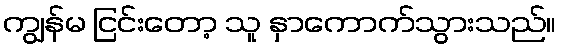
ကျွန်မ ငြင်းတော့ သူ နှာကောက်သွားသည်။